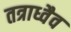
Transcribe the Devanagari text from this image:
तत्राध्वैव